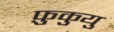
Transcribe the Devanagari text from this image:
फ़ुकुयु